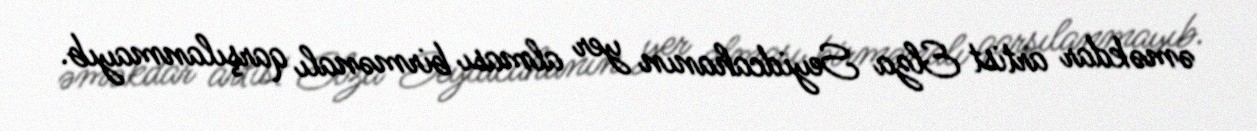
əməkdar artist Elza Seyidcahanın yer alması birmənalı qarşılanmayıb.